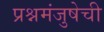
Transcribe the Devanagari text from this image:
प्रश्नमंजुषेची